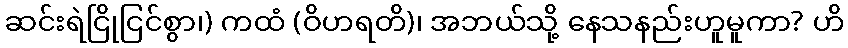
ဆင်းရဲငြိုငြင်စွာ၊) ကထံ (ဝိဟရတိ)၊ အဘယ်သို့ နေသနည်းဟူမူကာ? ဟိ